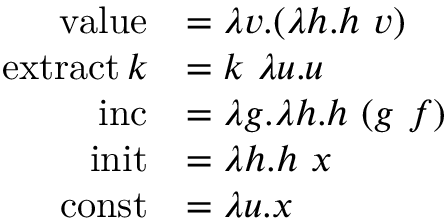
{ \begin{array} { r l } { \operatorname { v a l u e } } & { = \lambda v . ( \lambda h . h \ v ) } \\ { \operatorname { e x t r a c t } k } & { = k \ \lambda u . u } \\ { \operatorname { i n c } } & { = \lambda g . \lambda h . h \ ( g \ f ) } \\ { \operatorname { i n i t } } & { = \lambda h . h \ x } \\ { \operatorname { c o n s t } } & { = \lambda u . x } \end{array} }